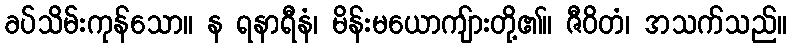
ခပ်သိမ်းကုန်သော။ န ရနာရီနံ၊ မိန်းမယောကျ်ားတို့၏။ ဇီဝိတံ၊ အသက်သည်။